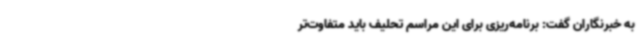
به خبرنگاران گفت: برنامه‌ریزی برای این مراسم تحلیف باید متفاوت‌تر